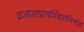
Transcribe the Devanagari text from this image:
व्रात्यताप्रायश्चित्तनिर्णय